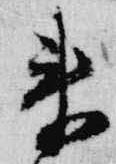
来